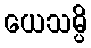
ယေသမ္ပိ